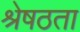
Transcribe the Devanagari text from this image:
श्रेषठता